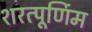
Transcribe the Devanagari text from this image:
शरत्पूर्णिम